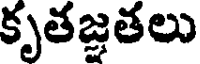
కృతజ్ఞతలు